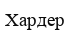
Хардер